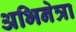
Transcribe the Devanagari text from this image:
अभिनेत्रा